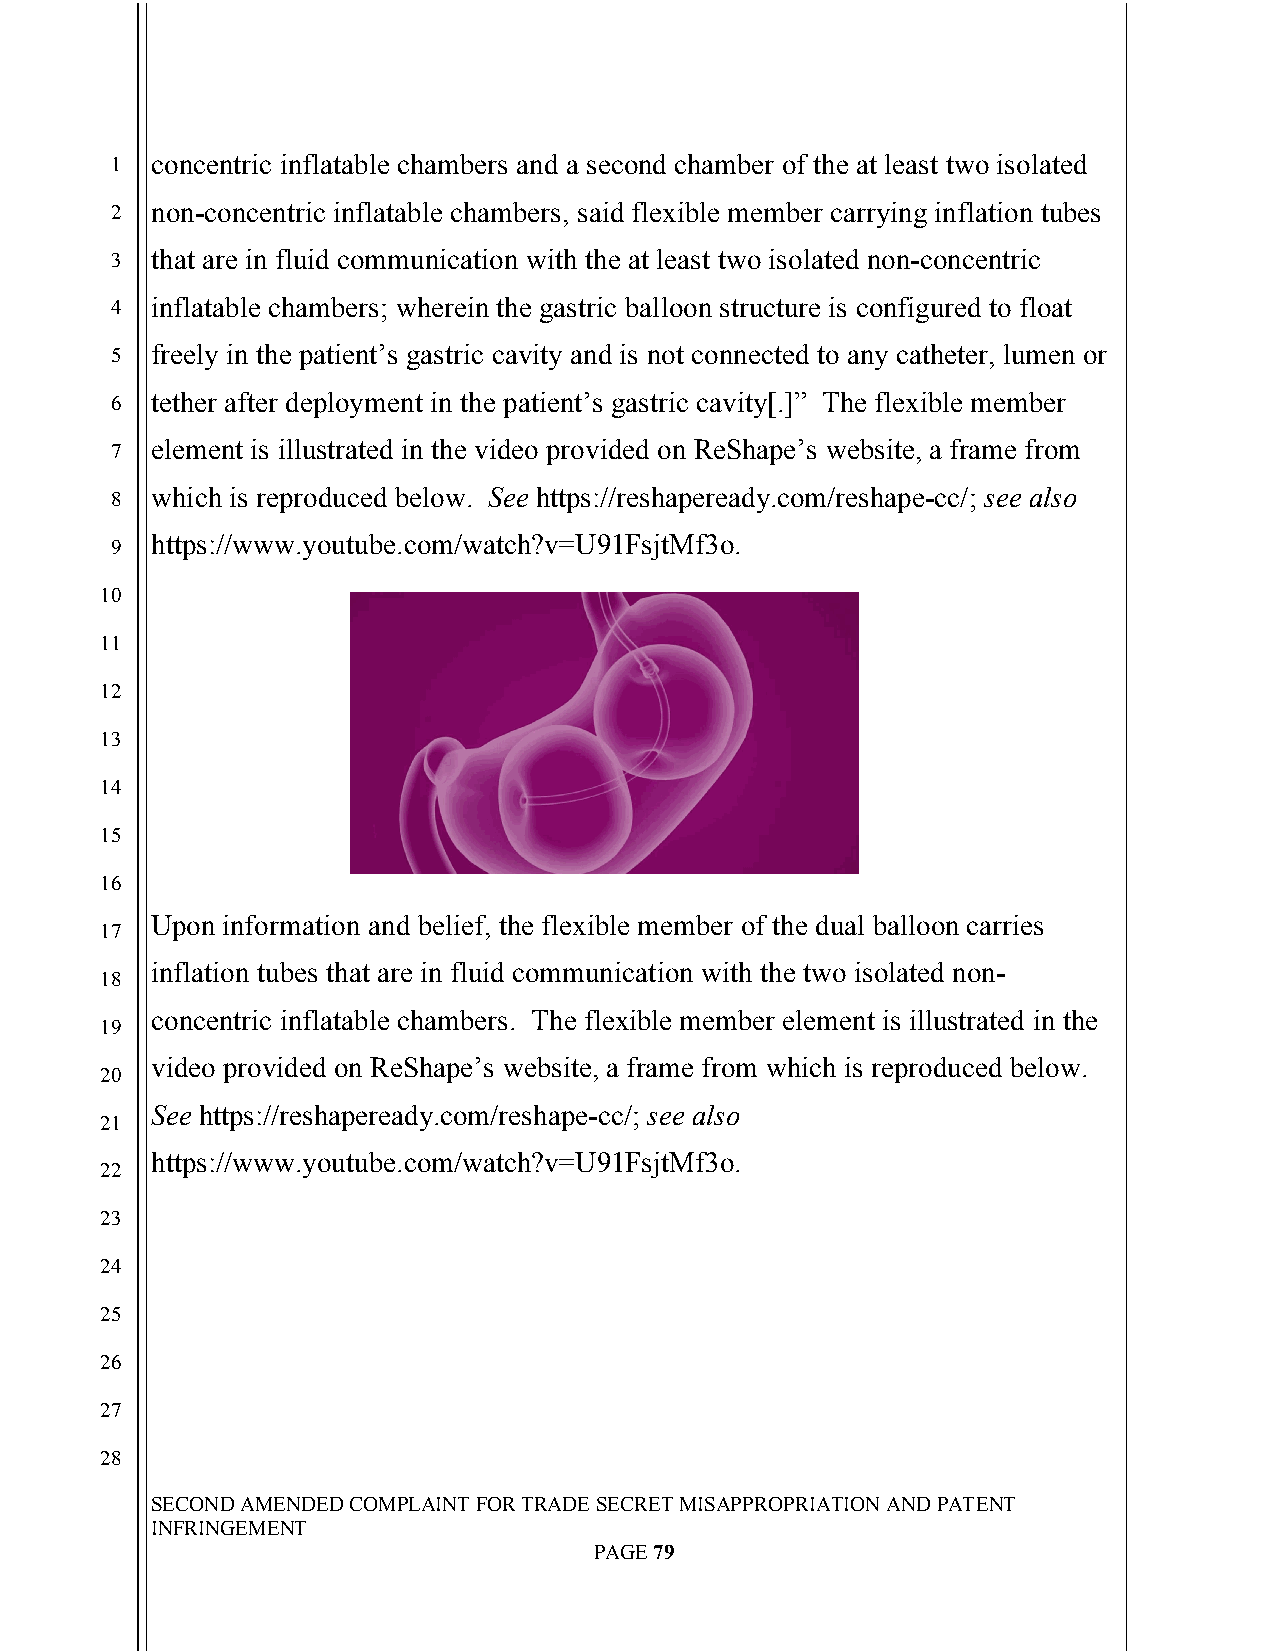
`
 1  concentric inflatable chambers and a second chamber of the at least two isolated
 2  non-concentric inflatable chambers, said flexible member carrying inflation tubes
 3  that are in fluid communication with the at least two isolated non-concentric
 4  inflatable chambers; wherein the gastric balloon structure is configured to float
 5  freely in the patient’s gastric cavity and is not connected to any catheter, lumen or
 6  tether after deployment in the patient’s gastric cavity[.]” The flexible member
 7  element is illustrated in the video provided on ReShape’s website, a frame from
 8  which is reproduced below. See https://reshapeready.com/reshape-cc/; see also
 https://www.youtube.com/watch?v=U91FsjtMf3o.
 9
 10
 11
 12
 13
 14
 15
 16
 Upon information and belief, the flexible member of the dual balloon carries
 17
 inflation tubes that are in fluid communication with the two isolated non-
 18
 concentric inflatable chambers. The flexible member element is illustrated in the
 19
 video provided on ReShape’s website, a frame from which is reproduced below.
 20
 See https://reshapeready.com/reshape-cc/; see also
 21
 https://www.youtube.com/watch?v=U91FsjtMf3o.
 22
 23
 24
 25
 26
 27
 28
 SECOND AMENDED COMPLAINT FOR TRADE SECRET MISAPPROPRIATION AND PATENT
 INFRINGEMENT
 PAGE 79